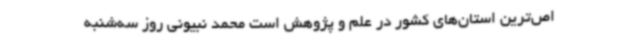
اص‌ترین استان‌های کشور در علم و پژوهش است محمد نبیونی روز سه‌شنبه